Report on sanitation, dispensaries, and jails in Rajputana for 1916, and on vaccination for the year 1916-1917 - 1916-1917
Year: 1916
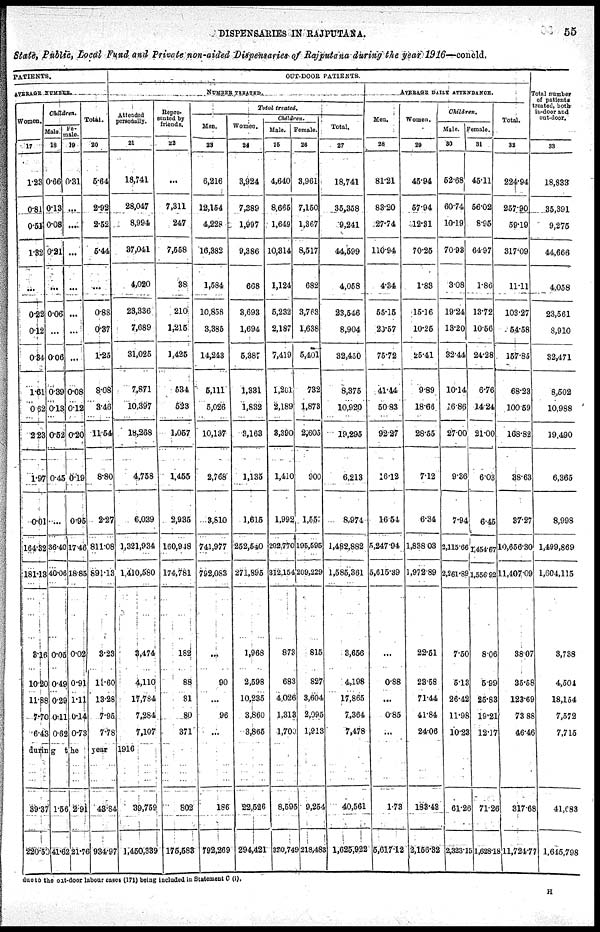
DISPENSARIES IN RAJPUTANA.
55
State, Public, Local Fund and Private non-aided Dispensaries of Rajputana during the year 1916—concld.
PATIENTS.
AVERAGE NUMBER.
Women.
17
1.23
0.81
0.51
1.32
...
0.22
0.12
0.24
1.61
0.52
2.23
1.97
0.01
164.32
181.13
3.16
10.20
11.88
7.70
6.43
Children.
Male.
18
0.66
0.13
0.08
0.21
...
0.06
...
0.06
0.39
0.13
0.52
0.45
...
56.40
40.06
0.05
0.49
0.29
0.11
0.62
Fe-
male.
19
0.31
...
...
...
...
...
...
...
0.08
0.12
0.20
0.19
0.95
17.46
18.85
0.02
0.91
1.11
0.14
0.73
Total.
20
5.64
2.92
2.52
5.44
...
0.88
0.37
1.25
8.08
3.46
11.54
8.80
2.27
811.08
891.13
8.23
11.60
13.28
7.95
7.78
OUT-DOOR PATIENTS
NUMBER TREATED
Attached
personally.
21
18,741
28,047
8,994
37,041
4,020
23,336
7,689
31,025
7,871
10,397
18,268
4,758
6,039
1,321,934
1,410,580
3,474
4,110
17,784
7,284
7,107
during
the year 1916
39.37
220.50
1.56
41.62
2.91
21.76
43.84
934.97
39,759
1,450,389
Repre-
sented by
friends.
22
...
7,311
247
7,558
38
210
1,215
1,425
534
533
1,057
1,455
2,935
160,948
174,781
182
88
81
80
371
802
175,583
Total treated.
Men.
23
6,216
12,154
4,228
16,382
1,584
10,858
3,385
14,243
5,111
5,026
10,137
2,768
3,810
741,977
792,033
...
90
...
96
...
186
792,269
Women.
24
3,924
7,389
1,997
9,386
668
3,693
1,694
5,387
1,331
1,832
3,163
1,135
1,615
252,540
271,895
1,968
2,598
10,235
3,860
3,865
22,526
294,421
Children.
Male.
25
4,640
8,665
1,649
10,314
1,124
5,232
2,187
7,419
1,201
2,189
8,390
1,410
1,992
292,770
312,154
873
683
4,026
1,313
1,700
8,596
320,749
Female.
26
3,961
7,150
1,367
8,517
682
3,763
1,638
5,401
732
1,873
2,605
900
1.55
195,595
209,229
815
827
3,604
2,095
1,913
9,254
218,483
Total.
27
18,741
35,358
9,241
44,599
4,058
23,546
8,904
32,450
8,375
10,920
19,295
6,213
8,974
1,482,882
1,585,361
3,656
4,198
17,865
7,364
7,478
40,561
1,625,922
AVERAGE DAILY ATTENDANCE.
Men.
28
81.21
83.20
27.74
110.94
4.34
55.15
20.57
75.72
41.44
50.83
92.27
6.12
16.54
5,347.94
5,615.39
...
0.88
...
0.85
...
1.73
5,617.12
Women.
29
45.94
57.94
12.31
70.25
1.83
15.16
10.25
25.41
9.89
18.66
28.55
7.12
6.34
1838.03
1,972.89
22.51
23.58
71.44
41.84
24.06
183.43
2,156.32
Children.
Male.
30
52.68
60.74
10.19
70.92
3.08
19.24
13.20
32.44
10.14
16.86
27.00
9.36
7.94
3,115.66
2,261.89
7.50
5.13
26.42
11.98
10.23
61.26
2,323.15
Female.
31
45.11
56.02
8.96
64.97
1.86
13.72
10.56
24.28
6.76
14.24
21.00
6.03
6.45
1,454.67
1,336.92
8.06
5.99
25.83
19.21
12.17
71.26
1,638.18
Total.
32
224.94
257.90
59.19
317.09
11.11
103.27
54.58
157.83
68.23
100.59
168.82
38.63
37.27
10,656.30
11,407.09
38.07
35.58
123.69
73.88
46.46
317.68
11,724.77
Total number
of patients
treated, both
in-door and
out-door.
33
18,833
35,391
9,276
44,666
4,058
23,561
3,910
32,471
8,502
10,988
19,490
6,365
8,998
1,499,869
1,604,115
3,738
4,504
18,104
7,572
7,715
41,083
1,645,798
due to the out-door labour cases (171) being included in Statement C (i).
H